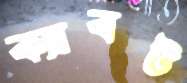
ক্যাবট